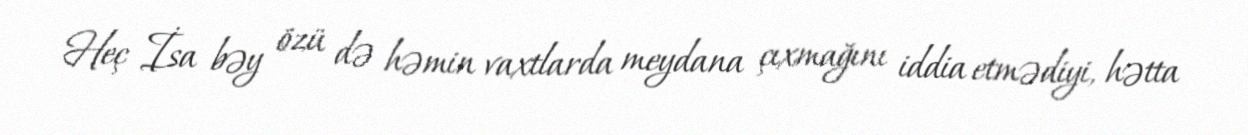
Heç İsa bəy özü də həmin vaxtlarda meydana çıxmağını iddia etmədiyi, hətta